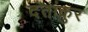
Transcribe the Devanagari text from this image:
दंतांकुर